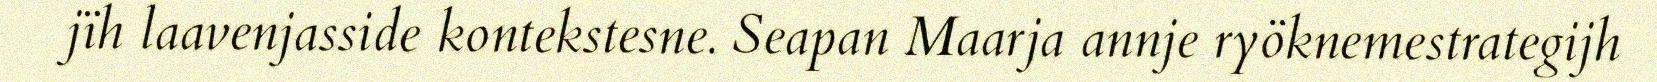
jïh laavenjasside kontekstesne. Seapan Maarja annje ryöknemestrategijh